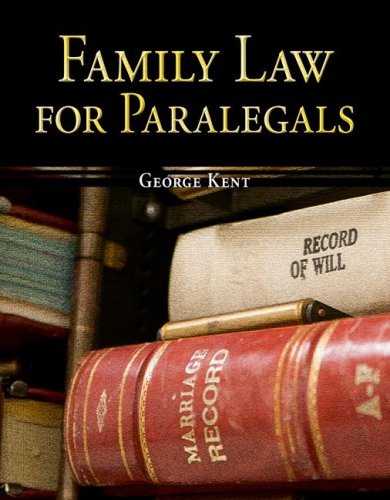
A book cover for Family Law for Paralegals (The McGraw-Hill Paralegal List); George Kent; Law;